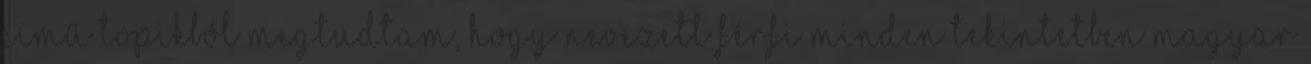
című topikból megtudtam, hogy nevezett férfi minden tekintetben magyar